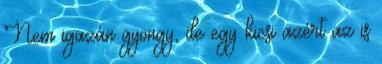
Nem igazán gyöngy, de egy kicsi azért az is